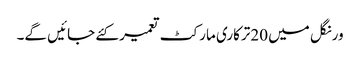
ورنگل میں 20ترکاری مارکٹ تعمیر کئے جائیں گے۔